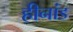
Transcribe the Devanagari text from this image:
हीनांड